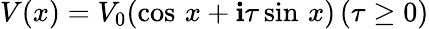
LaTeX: V(x)=V_{0}(\cos\, x+\mathbf{i}\tau\sin\, x)\, (\tau\geq0)